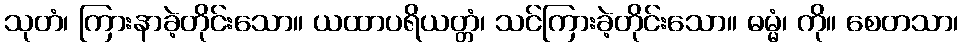
သုတံ၊ ကြားနာခဲ့တိုင်းသော။ ယထာပရိယတ္တံ၊ သင်ကြားခဲ့တိုင်းသော။ ဓမ္မံ၊ ကို။ စေတသာ၊